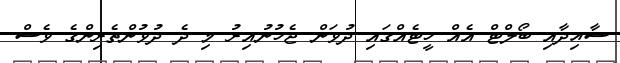
ސާއިދާއި ބޯލްޓް އެއް ހީޓެއްގައި ދުވަން ޖެހުނުއިރު މި ދެ ދުވުންތެރިންގެ ވެސް